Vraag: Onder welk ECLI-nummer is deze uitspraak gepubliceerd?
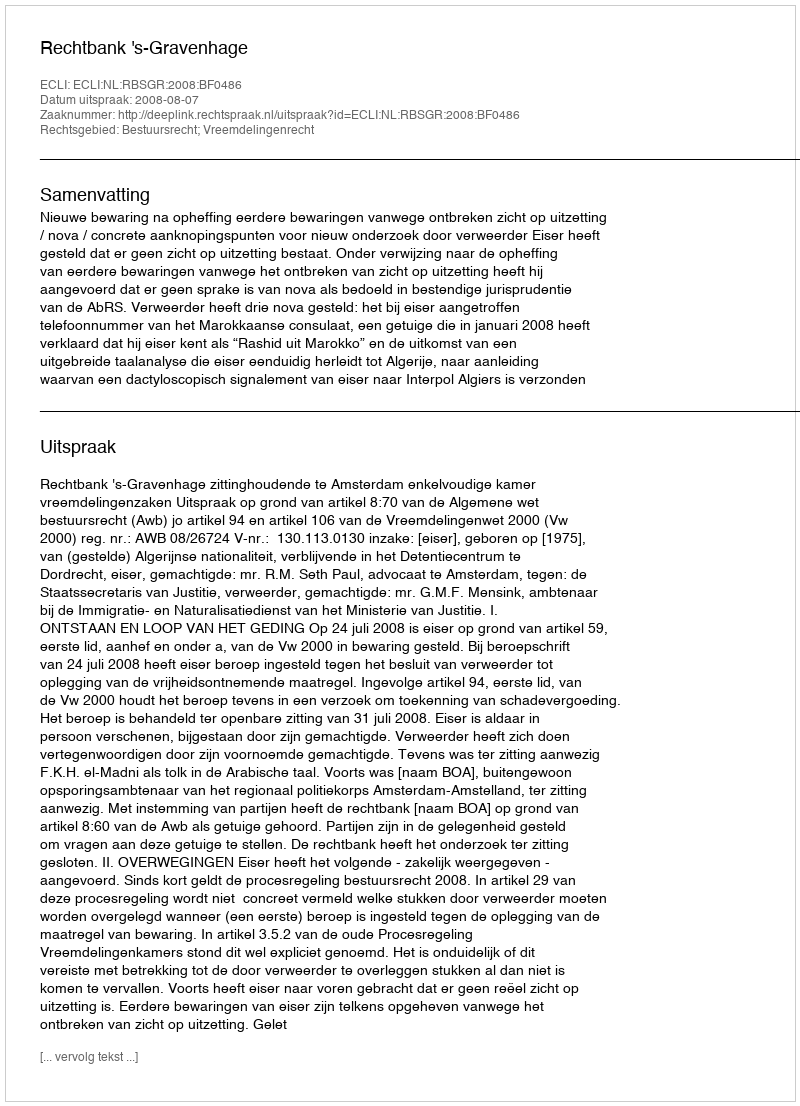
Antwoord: ECLI:NL:RBSGR:2008:BF0486